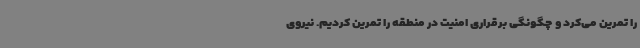
را تمرین می‌کرد و چگونگی برقراری امنیت در منطقه را تمرین کردیم. نیروی